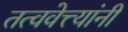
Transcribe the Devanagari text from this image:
तत्ववेत्त्यांनी